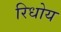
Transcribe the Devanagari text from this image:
रिधोय